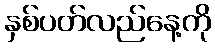
နှစ်ပတ်လည်နေ့ကို